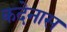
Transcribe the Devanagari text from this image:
कदेनास